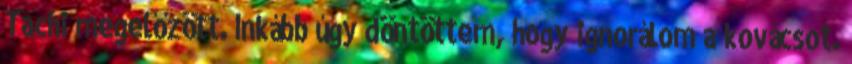
Tachi megelőzött. Inkább úgy döntöttem, hogy ignorálom a kovácsot.